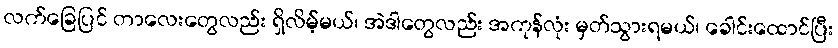
လက်ခြေပြင် တာလေးတွေလည်း ရှိလိမ့်မယ်၊ အဲဒါတွေလည်း အကုန်လုံး မှတ်သွားရမယ်၊ ခေါင်းထောင်ပြီး